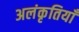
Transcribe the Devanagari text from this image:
अलंकृतियाँ